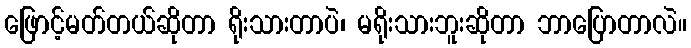
ဖြောင့်မတ်တယ်ဆိုတာ ရိုးသားတာပဲ၊ မရိုးသားဘူးဆိုတာ ဘာပြောတာလဲ။